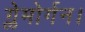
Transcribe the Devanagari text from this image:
ग्लेमोर्गन।